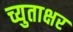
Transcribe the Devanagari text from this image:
च्युताक्षर